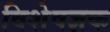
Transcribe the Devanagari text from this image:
विशेषज्ञक